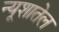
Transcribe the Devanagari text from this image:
न्यूशातेल